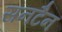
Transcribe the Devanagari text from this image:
सनटैन